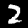
Label: 2